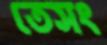
তেসং